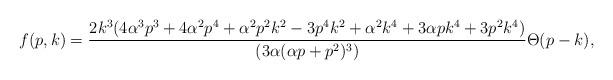
LaTeX: \begin{align*}f(p,k)={2k^3(4\alpha^3 p^3+4\alpha^2 p^4+\alpha^2 p^2 k^2-3p^4 k^2+\alpha^2 k^4+3\alpha p k^4 + 3p^2 k^4) \over(3 \alpha (\alpha p +p^2)^3)} \Theta(p-k),\end{align*}